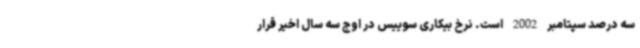
سه درصد سپتامبر 2002 است. نرخ بیکاری سوییس در اوج سه سال اخیر قرار